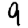
Digit: 9